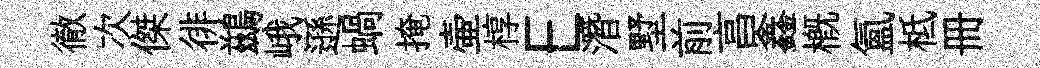
徹次傑徘鷀峨遜蝸掩壷椁E潛墅前亯鑫槪氲柢册